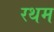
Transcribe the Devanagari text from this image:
रथम